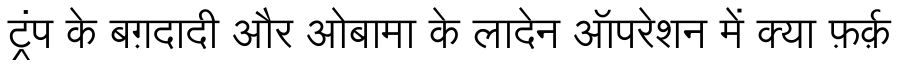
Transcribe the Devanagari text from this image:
ट्रंप के बग़दादी और ओबामा के लादेन ऑपरेशन में क्या फ़र्क़